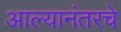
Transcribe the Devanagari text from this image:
आल्यानंतरचे